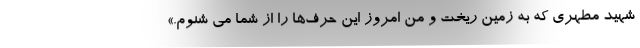
شهید مطهری که به زمین ریخت و من امروز این حرف‌ها را از شما می شنوم.»